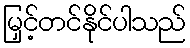
မြှင့်တင်နိုင်ပါသည်